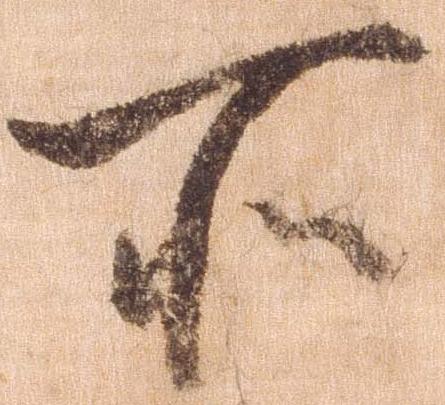
所